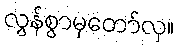
လွန်စွာမှတော်လှ။